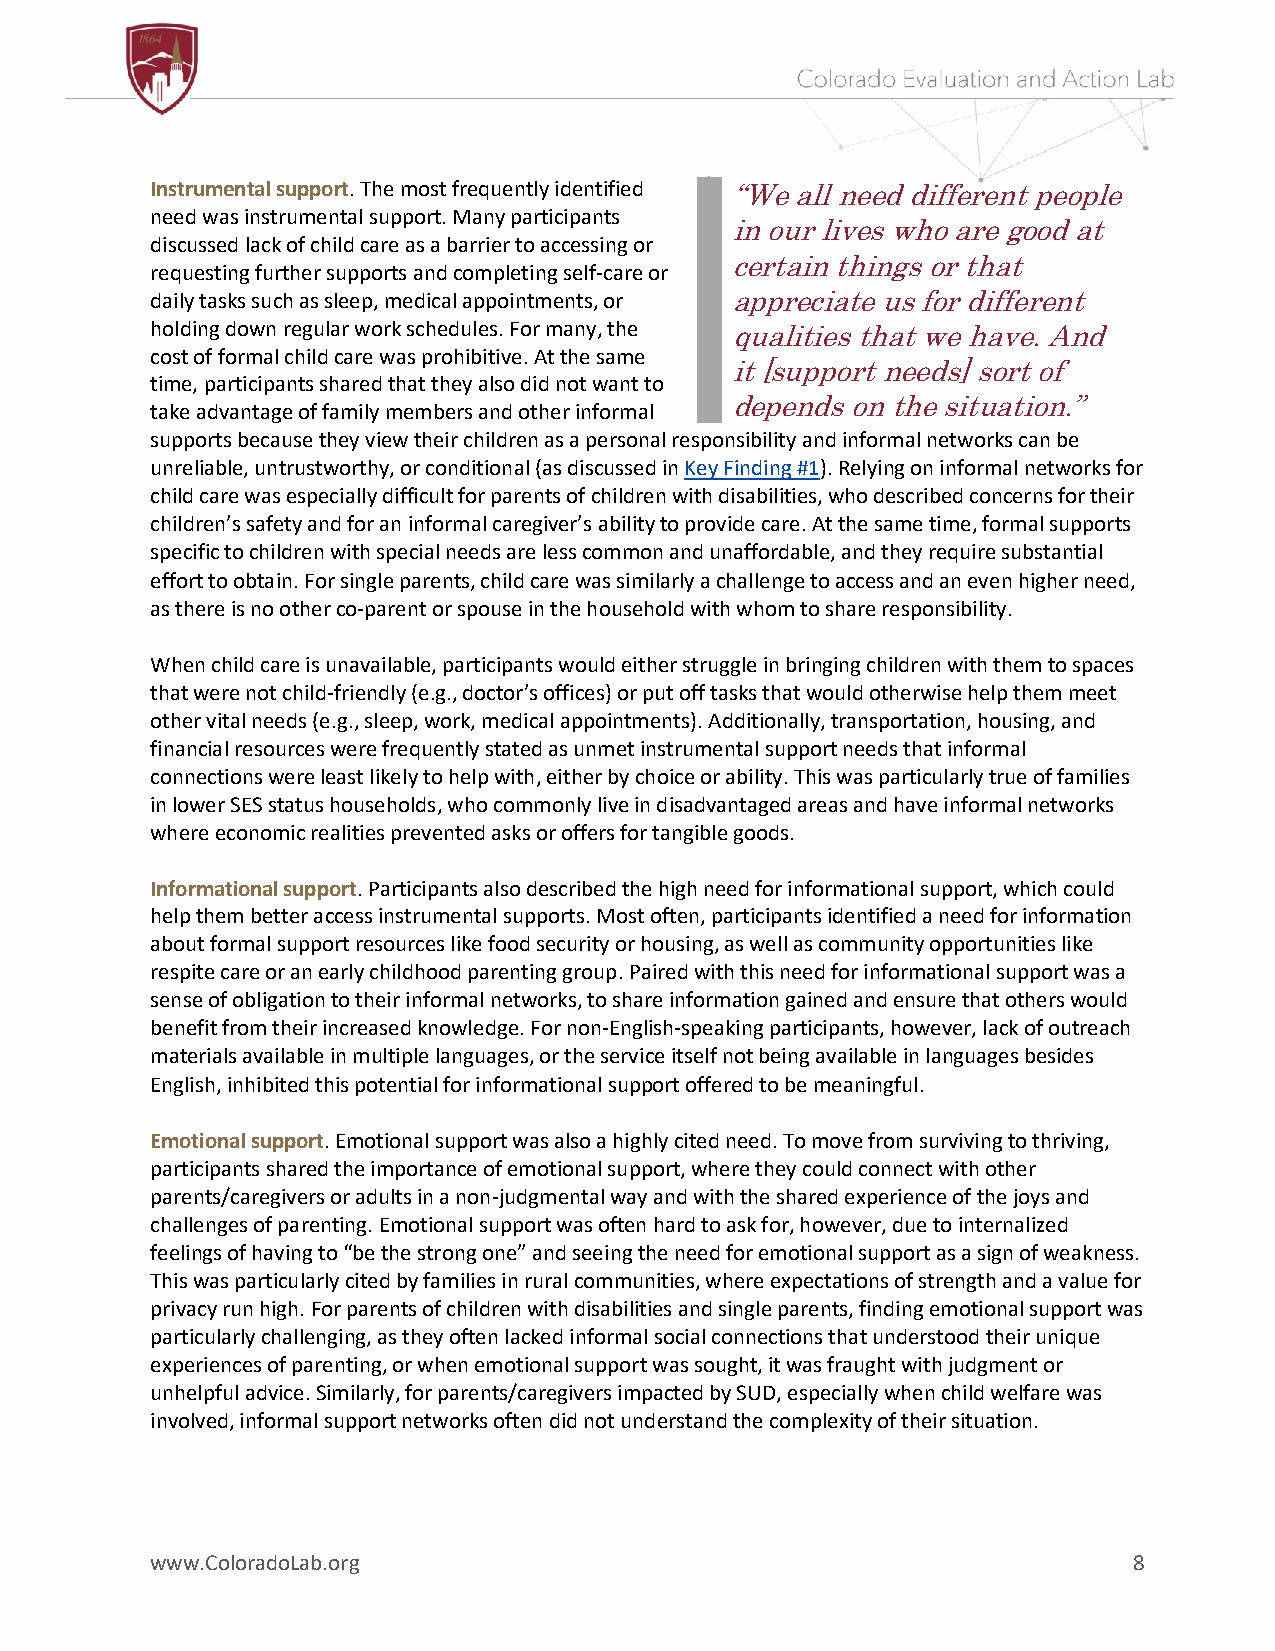
Instrumental support. The most frequently identified “We all need different people
 need was instrumental support. Many participants
 in our lives who are good at
 discussed lack of child care as a barrier to accessing or
 certain things or that
 requesting further supports and completing self-care or
 daily tasks such as sleep, medical appointments, or appreciate us for different
 holding down regular work schedules. For many, the qualities that we have. And
 cost of formal child care was prohibitive. At the same
 it [support needs] sort of
 time, participants shared that they also did not want to
 take advantage of family members and other informal
 depends on the situation.”
 supports because they view their children as a personal responsibility and informal networks can be
 unreliable, untrustworthy, or conditional (as discussed in Key Finding #1). Relying on informal networks for
 child care was especially difficult for parents of children with disabilities, who described concerns for their
 children’s safety and for an informal caregiver’s ability to provide care. At the same time, formal supports
 specific to children with special needs are less common and unaffordable, and they require substantial
 effort to obtain. For single parents, child care was similarly a challenge to access and an even higher need,
 as there is no other co-parent or spouse in the household with whom to share responsibility.
 When child care is unavailable, participants would either struggle in bringing children with them to spaces
 that were not child-friendly (e.g., doctor’s offices) or put off tasks that would otherwise help them meet
 other vital needs (e.g., sleep, work, medical appointments). Additionally, transportation, housing, and
 financial resources were frequently stated as unmet instrumental support needs that informal
 connections were least likely to help with, either by choice or ability. This was particularly true of families
 in lower SES status households, who commonly live in disadvantaged areas and have informal networks
 where economic realities prevented asks or offers for tangible goods.
 Informational support. Participants also described the high need for informational support, which could
 help them better access instrumental supports. Most often, participants identified a need for information
 about formal support resources like food security or housing, as well as community opportunities like
 respite care or an early childhood parenting group. Paired with this need for informational support was a
 sense of obligation to their informal networks, to share information gained and ensure that others would
 benefit from their increased knowledge. For non-English-speaking participants, however, lack of outreach
 materials available in multiple languages, or the service itself not being available in languages besides
 English, inhibited this potential for informational support offered to be meaningful.
 Emotional support. Emotional support was also a highly cited need. To move from surviving to thriving,
 participants shared the importance of emotional support, where they could connect with other
 parents/caregivers or adults in a non-judgmental way and with the shared experience of the joys and
 challenges of parenting. Emotional support was often hard to ask for, however, due to internalized
 feelings of having to “be the strong one” and seeing the need for emotional support as a sign of weakness.
 This was particularly cited by families in rural communities, where expectations of strength and a value for
 privacy run high. For parents of children with disabilities and single parents, finding emotional support was
 particularly challenging, as they often lacked informal social connections that understood their unique
 experiences of parenting, or when emotional support was sought, it was fraught with judgment or
 unhelpful advice. Similarly, for parents/caregivers impacted by SUD, especially when child welfare was
 involved, informal support networks often did not understand the complexity of their situation.
 www.ColoradoLab.org                                              8